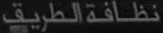
نظام الطريقة